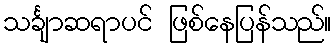
သင်္ချာဆရာပင် ဖြစ်နေပြန်သည်။